Sketch of the medical history of the native army of Bombay, for the year
Year: 1872
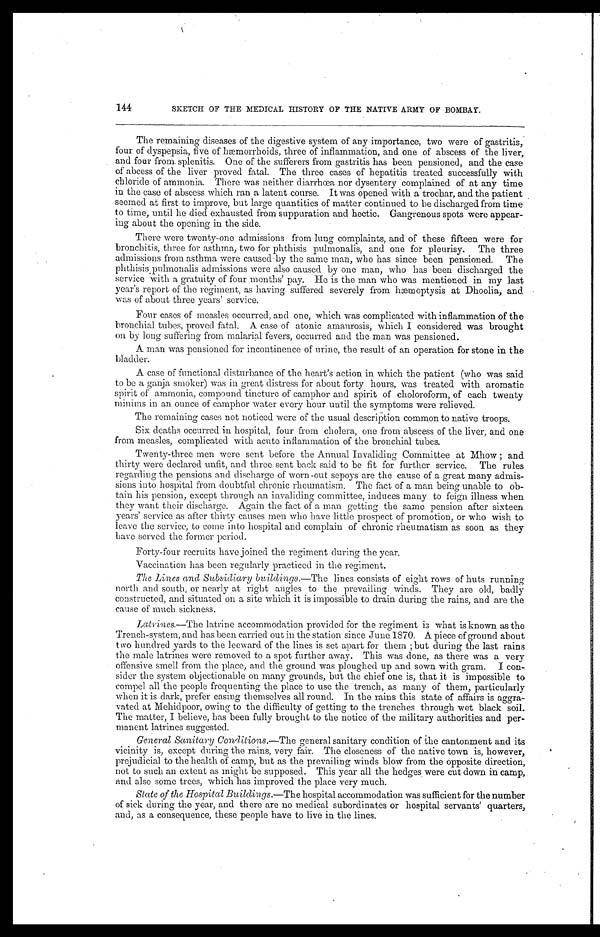
144
SKETCH OF THE MEDICAL HISTORY OF THE NATIVE ARMY OF BOMBAY.
The remaining diseases of the digestive system of any importance, two were of gastritis,
four of dyspepsia, five of hæmorrhoids, three of inflammation, and one of abscess of the liver,
and four from splenitis. One of the sufferers from gastritis has been pensioned, and the case
of abcess of the liver proved fatal. The three cases of hepatitis treated successfully with
chloride of ammonia. There was neither diarrhœa nor dysentery complained of at any time
in the case of abscess which ran a latent course. It was opened with a trochar, and the patient
seemed at first to improve, but large quantities of matter continued to be discharged from time
to time, until he died exhausted from suppuration and hectic. Gangrenous spots were appear-
ing about the opening in the side.
There were twenty-one admissions from lung complaints, and of these fifteen were for
bronchitis, three for asthma, two for phthisis pulmonalis, and one for pleurisy. The three
admissions from asthma were caused by the same man, who has since been pensioned. The
phthisis pulmonalis admissions were also caused by one man, who has been discharged the
service with a gratuity of four months' pay. He is the man who was mentioned in my last
year's report of the regiment, as having suffered severely from hæmoptysis at Dhoolia, and
was of about three years' service.
Four cases of measles occurred, and one, which was complicated with inflammation of the
bronchial tubes, proved fatal. A case of atonic amaurosis, which I considered was brought
on by long suffering from malarial fevers, occurred and the man was pensioned.
A man was pensioned for incontinence of urine, the result of an operation for stone in the
bladder.
A case of functional disturbance of the heart's action in which the patient (who was said
to be a ganja smoker) was in great distress for about forty hours, was treated with aromatic
spirit of ammonia, compound tincture of camphor and spirit of choloroform, of each twenty
minims in an ounce of camphor water every hour until the symptoms were relieved.
The remaining cases not noticed were of the usual description common to native troops.
Six deaths occurred in hospital, four from cholera, one from abscess of the liver, and one
from measles, complicated with acute inflammation of the bronchial tubes.
Twenty-three men were sent before the Annual Invaliding Committee at Mhow ; and
thirty were declared unfit, and three sent back said to be fit for further service. The rules
regarding the pensions and discharge of worn-out sepoys are the cause of a great many admis
sions into hospital from doubtful chronic rheumatism. The fact of a man being unable to ob-
tain his pension, except through an invaliding committee, induces many to feign illness when
they want their discharge. Again the fact of a man getting the same pension after sixteen
years' service as after thirty causes men who have little prospect of promotion, or who wish to
leave the service, to come into hospital and complain of chronic rheumatism as soon as they
have served the former period.
Forty-four recruits have joined the regiment during the year.
Vaccination has been regularly practiced in the regiment.
The Lines and Subsidiary buildings.— The lines consists of eight rows of huts running
north and south, or nearly at right angles to the prevailing winds. They are old, badly
constructed, and situated on a site which it is impossible to drain during the rains, and are the
cause of much sickness.
Latrines.—The latrine accommodation provided for the regiment is what is known as the
Trench-system, and has been carried out in the station since June 1870. A piece of ground about
two hundred yards to the leeward of the lines is set apart for them ; but during the last rains
the male latrines were removed to a spot further away. This was done, as there was a very
offensive smell from the place, and the ground was ploughed up and sown with gram. I con-
sider the system objectionable on many grounds, but the chief one is, that it is impossible to
compel all the people frequenting the place to use the trench, as many of them, particularly
when it is dark, prefer easing themselves all round. In the rains this state of affairs is aggra-
vated at Mehidpoor, owing to the difficulty of getting to the trenches through wet black soil.
The matter, I believe, has been fully brought to the notice of the military authorities and per-
manent latrines suggested.
General Sanitary Conditions.— The general sanitary condition of the cantonment and its
vicinity is, except during the rains, very fair. The closeness of the native town is, however,
prejudicial to the health of camp, but as the prevailing winds blow from the opposite direction,
not to such an extent as might be supposed. This year all the hedges were cut down in camp,
and also some trees, which has improved the place very much.
State of the Hospital Buildings.— The hospital accommodation was sufficient for the number
of sick during the year, and there are no medical subordinates or hospital servants' quarters,
and, as a consequence, these people have to live in the lines.